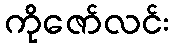
ကိုဇော်လင်း